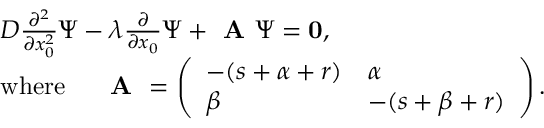
\begin{array} { r l } & { D \frac { \partial ^ { 2 } } { \partial x _ { 0 } ^ { 2 } } \Psi - \lambda \frac { \partial } { \partial x _ { 0 } } \Psi + \textbf { A } \Psi = \bf { 0 } , } \\ & { \mathrm { w h e r e } \; \; \; \; \; \textbf { A } = \left( \begin{array} { l l } { - ( s + \alpha + r ) } & { \alpha } \\ { \beta } & { - ( s + \beta + r ) } \end{array} \right) . } \end{array}